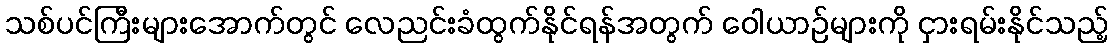
သစ်ပင်ကြီးများအောက်တွင် လေညင်းခံထွက်နိုင်ရန်အတွက် ဝေါယာဉ်များကို ငှားရမ်းနိုင်သည့်